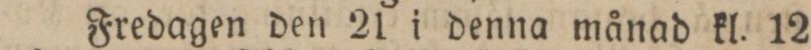
Fredagen den 21 i denna månad kl. 12